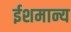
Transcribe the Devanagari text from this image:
ईशमान्य